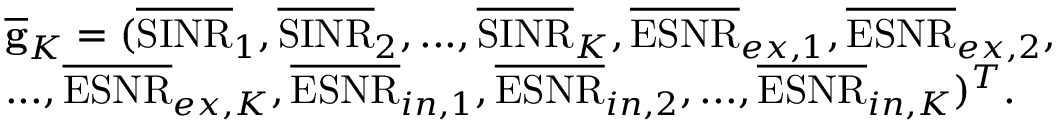
\begin{array} { r l } & { \overline { { \mathbf { g } } } _ { K } = ( \overline { { \mathrm { S I N R } } } _ { 1 } , \overline { { \mathrm { S I N R } } } _ { 2 } , . . . , \overline { { \mathrm { S I N R } } } _ { K } , \overline { { \mathrm { E S N R } } } _ { e x , 1 } , \overline { { \mathrm { E S N R } } } _ { e x , 2 } , } \\ & { . . . , \overline { { \mathrm { E S N R } } } _ { e x , K } , \overline { { \mathrm { E S N R } } } _ { i n , 1 } , \overline { { \mathrm { E S N R } } } _ { i n , 2 } , . . . , \overline { { \mathrm { E S N R } } } _ { i n , K } ) ^ { T } . } \end{array}